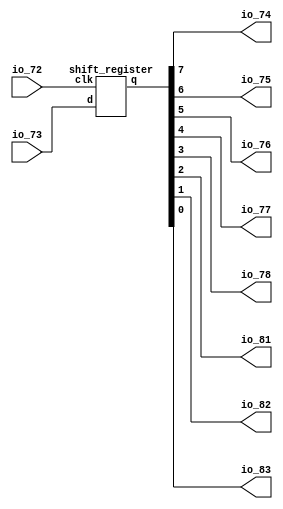

module top
(
    input  io_72,
    input  io_73,
    output io_74, io_75, io_76, io_77, io_78, io_81, io_82, io_83
);
    // input signals
    wire       clk = io_72;
    wire       d   = io_73;

    // shift_register output signal
    wire [7:0] q;

    // connecting shift_register output with top module ports
    assign io_83 = q[0]; // assign the 0   bit
    assign io_82 = q[1]; // assign the 1st bit
    assign { io_74, io_75, io_76, io_77, io_78, io_81 } = q[7:2]; // assign all othe bits (vector)

    shift_register sr
    (
        .clk ( clk ),
        .d   ( d   ),
        .q   ( q   ) 
    );

endmodule

module shift_register
(
    input            clk,
    input            d,
    output reg [7:0] q
);
    always @(posedge clk)
        q <= { q[6:0], d };

endmodule